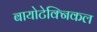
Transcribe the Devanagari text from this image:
बायोटेक्निकल